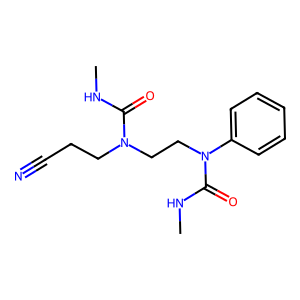
SMILES: CNC(=O)N(CCC#N)CCN(C(=O)NC)c1ccccc1
Inhibits HIV replication: No